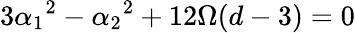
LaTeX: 3\alpha_{1}{}^{2}-\alpha_{2}{}^{2}+12\Omega(d-3)=0